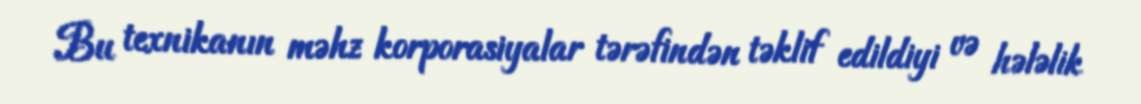
Bu texnikanın məhz korporasiyalar tərəfindən təklif edildiyi və hələlik